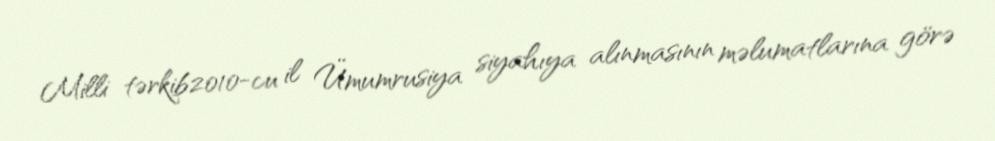
Milli tərkib2010-cu il Ümumrusiya siyahıya alınmasının məlumatlarına görə